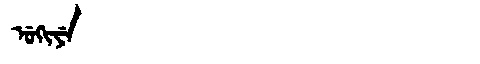
Manchu: ᡠᡴᡳᠶᡝ
Romanization: UKIYE